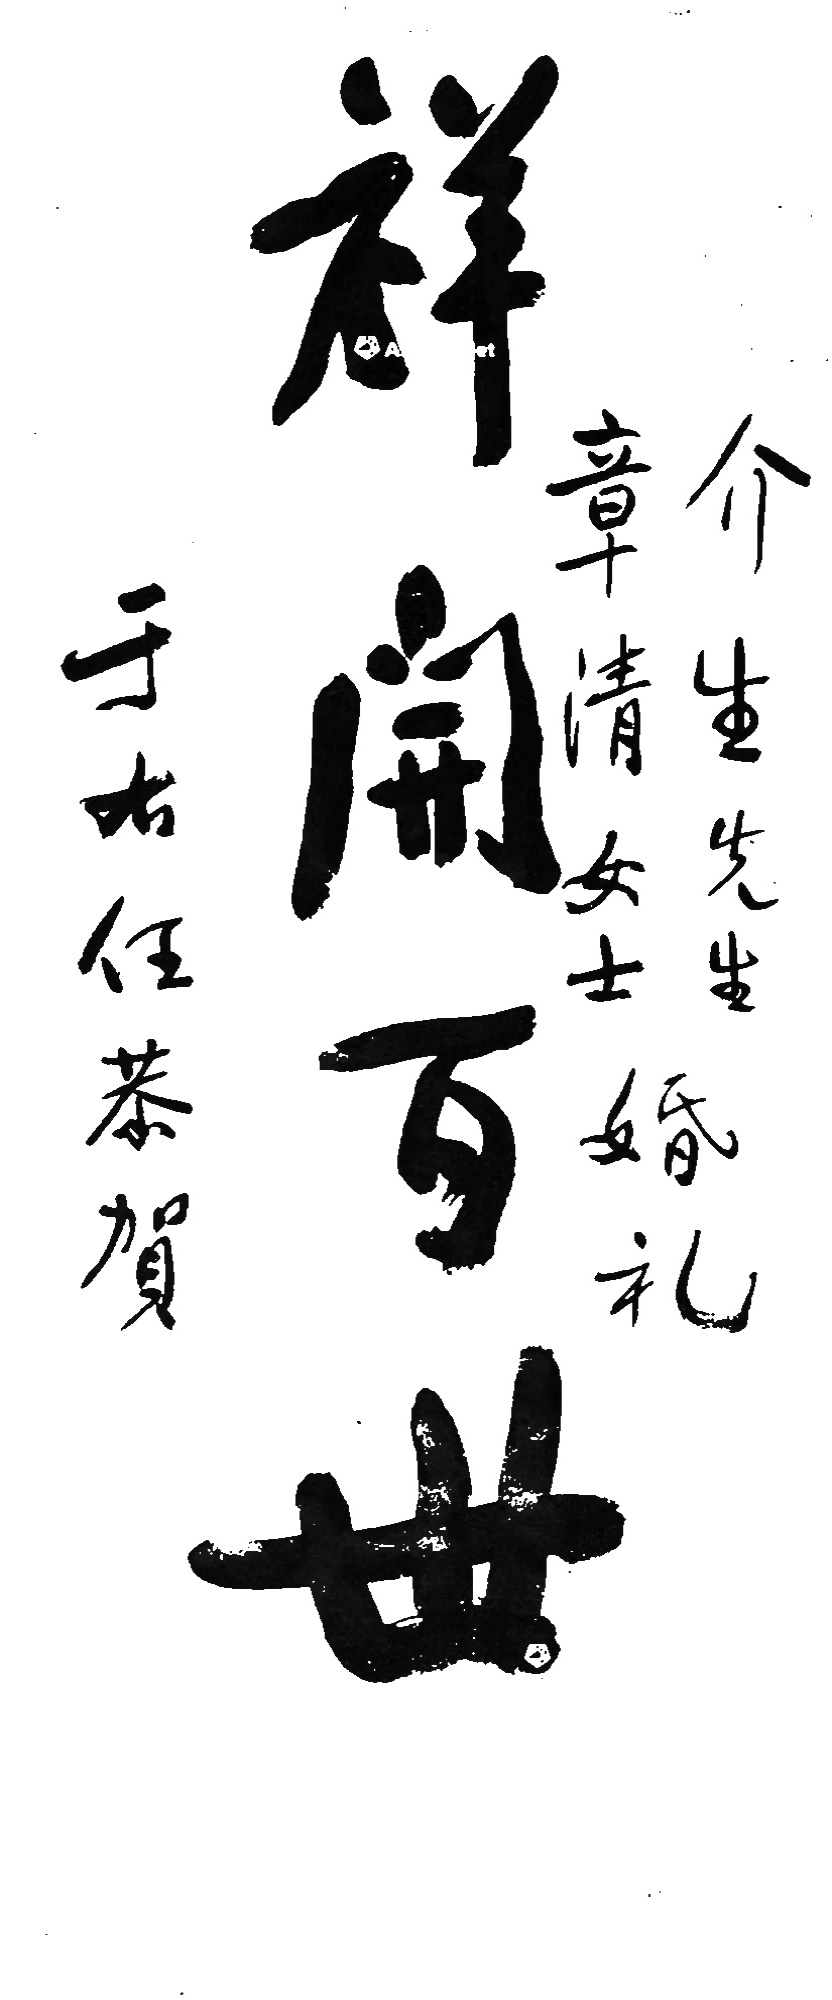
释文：祥开百世介生先生，章清女士婚礼，于右任恭贺。